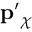
\mathbf { p ^ { \prime } } _ { \chi }